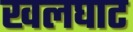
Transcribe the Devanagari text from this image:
खलघाट